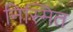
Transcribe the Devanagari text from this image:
निस्मित